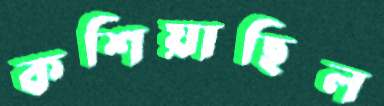
কশিয়াছিল